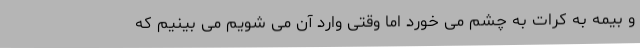
و بیمه به کرات به چشم می خورد اما وقتی وارد آن می شویم می بینیم که